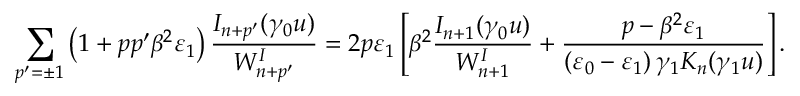
\sum _ { p ^ { \prime } = \pm 1 } \left( 1 + p p ^ { \prime } \beta ^ { 2 } \varepsilon _ { 1 } \right) \frac { I _ { n + p ^ { \prime } } ( \gamma _ { 0 } u ) } { W _ { n + p ^ { \prime } } ^ { I } } = 2 p \varepsilon _ { 1 } \left[ \beta ^ { 2 } \frac { I _ { n + 1 } ( \gamma _ { 0 } u ) } { W _ { n + 1 } ^ { I } } + \frac { p - \beta ^ { 2 } \varepsilon _ { 1 } } { \left( \varepsilon _ { 0 } - \varepsilon _ { 1 } \right) \gamma _ { 1 } K _ { n } ( \gamma _ { 1 } u ) } \right] .